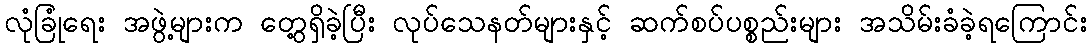
လုံခြုံရေး အဖွဲ့များက တွေ့ရှိခဲ့ပြီး လုပ်သေနတ်များနှင့် ဆက်စပ်ပစ္စည်းများ အသိမ်းခံခဲ့ရကြောင်း